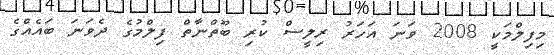
މިފިލްމަކީ 2008 ވަނަ އަހަރު ރިލީސް ކުރި ބޫތްނާތް ފިލްމުގެ ދެވަނަ ބައެއްގެ